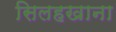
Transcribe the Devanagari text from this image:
सिलहखाना